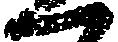
一